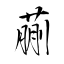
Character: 蒯